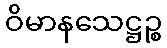
ဝိမာနသေဋ္ဌဉ္စ